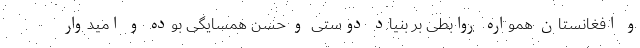
و افغانستان همواره روابطی بر بنیاد دوستی و حسن همسایگی بوده و امیدوار